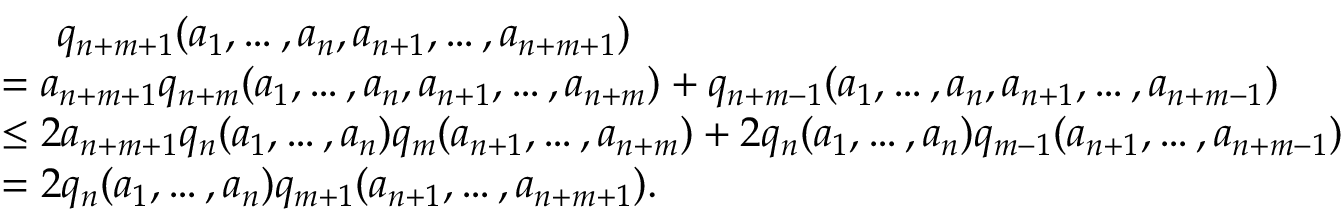
\begin{array} { r l } & { \ \ \ \ q _ { n + m + 1 } ( a _ { 1 } , \ldots , a _ { n } , a _ { n + 1 } , \ldots , a _ { n + m + 1 } ) } \\ & { = a _ { n + m + 1 } q _ { n + m } ( a _ { 1 } , \ldots , a _ { n } , a _ { n + 1 } , \ldots , a _ { n + m } ) + q _ { n + m - 1 } ( a _ { 1 } , \ldots , a _ { n } , a _ { n + 1 } , \ldots , a _ { n + m - 1 } ) } \\ & { \le 2 a _ { n + m + 1 } q _ { n } ( a _ { 1 } , \ldots , a _ { n } ) q _ { m } ( a _ { n + 1 } , \ldots , a _ { n + m } ) + 2 q _ { n } ( a _ { 1 } , \ldots , a _ { n } ) q _ { m - 1 } ( a _ { n + 1 } , \ldots , a _ { n + m - 1 } ) } \\ & { = 2 q _ { n } ( a _ { 1 } , \ldots , a _ { n } ) q _ { m + 1 } ( a _ { n + 1 } , \ldots , a _ { n + m + 1 } ) . } \end{array}